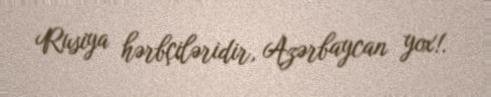
Rusiya hərbçiləridir, Azərbaycan yox!.